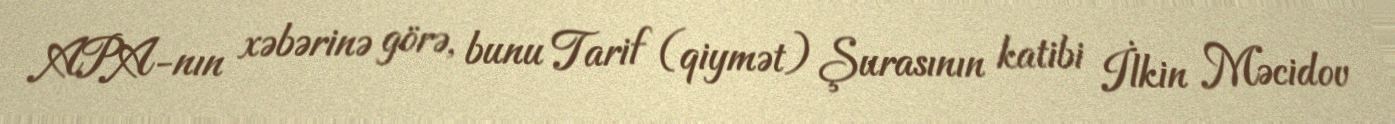
APA-nın xəbərinə görə, bunu Tarif (qiymət) Şurasının katibi İlkin Məcidov